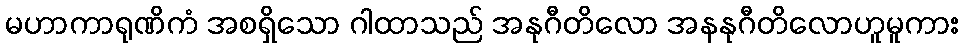
မဟာကာရုဏိကံ အစရှိသော ဂါထာသည် အနုဂီတိလော အနနုဂီတိလောဟူမူကား